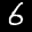
Label: 6